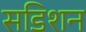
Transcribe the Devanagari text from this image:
सडिशन